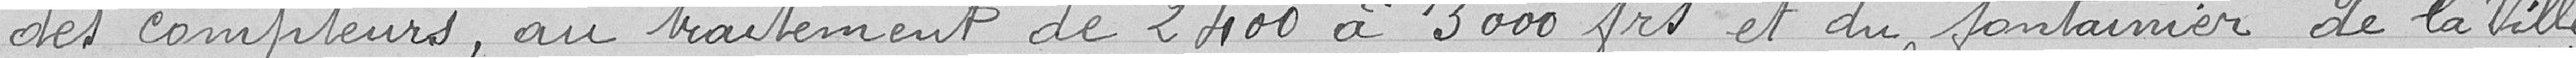
des compteurs, au traitement de 2400 ) 3000 frs et du fontainier de la Ville